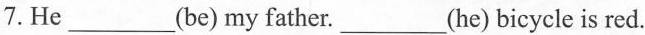
7.He___(be) my father._(he) bicycle is red.